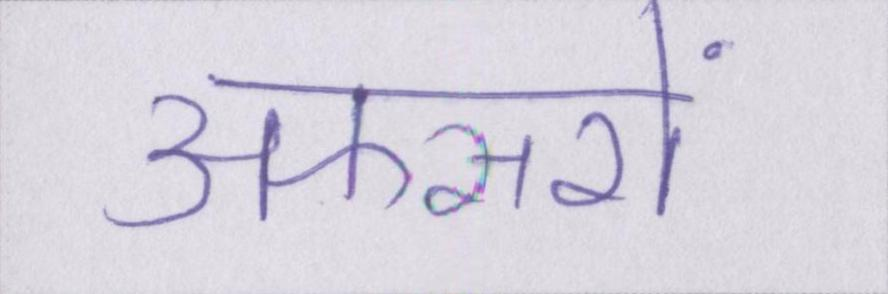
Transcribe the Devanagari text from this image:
अफसरों